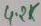
Text: 4.2K